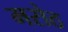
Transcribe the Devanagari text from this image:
मरोठ